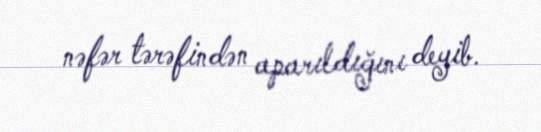
nəfər tərəfindən aparıldığını deyib.